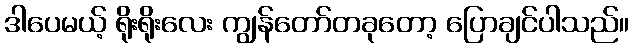
ဒါပေမယ့် ရိုးရိုးလေး ကျွန်တော်တခုတော့ ပြောချင်ပါသည်။